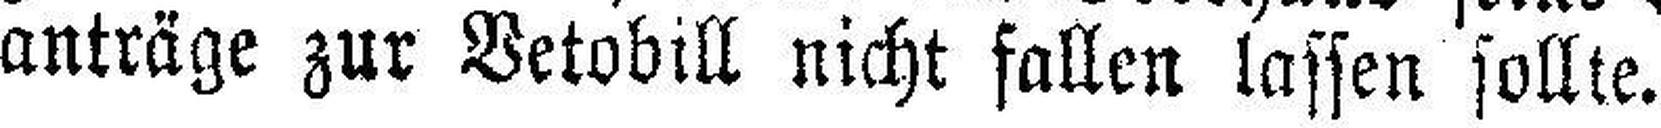
anträge zur Vetobill nicht fallen lassen sollte.